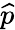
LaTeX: \widehat{p}